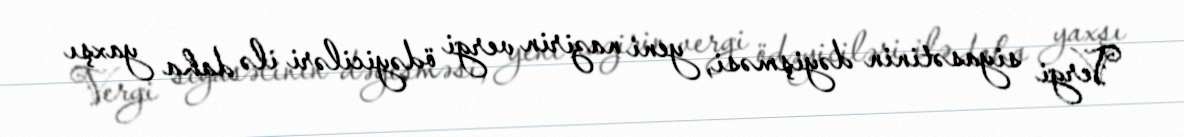
Vergi siyasətinin dəyişməsi, yeni nazirin vergi ödəyiciləri ilə daha yaxşı